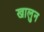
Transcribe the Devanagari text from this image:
खालुन